Vital statistics of India. Vol. VI, European troops 1870-79
Year: 1870
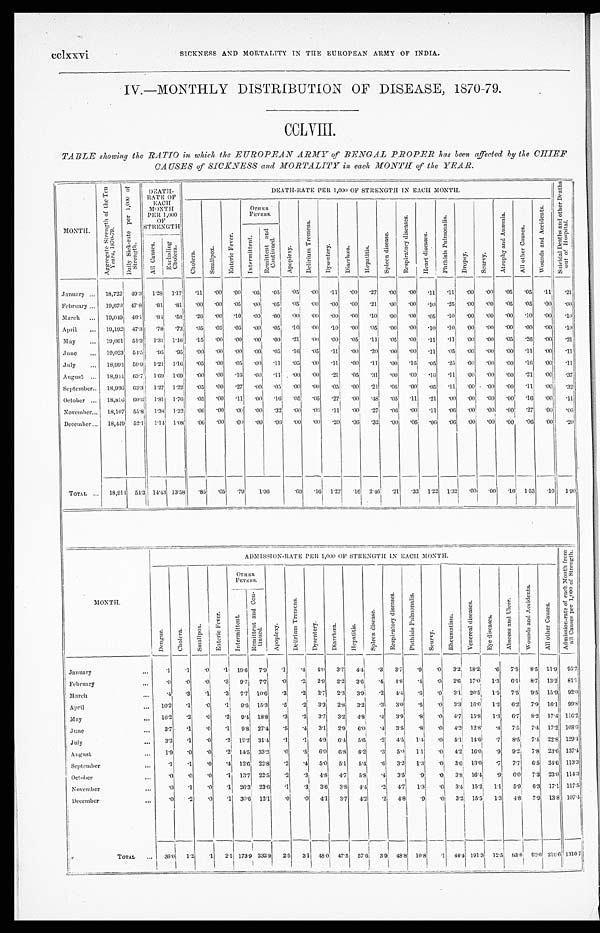
cclxxv
i
SICKNESS AND MORTALITY IN THE EUROPEAN ARMY OF INDIA.
IV.—MONTHLY DISTRIBUTION OF DISEASE, 1870.79.
CCLVIII.
TABLE showing the RATIO in which the EUROPEAN ARMY of BENGAL PROPER has been, affected by the CHIEF
CAUSES of SICKNESS and MORTALITY in, each MONTH of the YEAR.
MONTH.
A v e r a g e s t r e n g t h o f t h e T e n Y e a r s , 1 8 7 0 . 7 9 .
D a i l y S i c k . r a t e p e r 1 , 0 0 0 o f S t r e n g t h
D E A T H . R A T E O F E A C H M O N T H P E R 1 , 0 0 0 O F S T R E N G T H
D E A T H . R A T E P E R 1 , 0 0 0 O F S T R E N G T H I N E A C H M O N T H
S u i c i d a l D e a t h s a n d o t h e r D e a t h s o u t o f H o s p i t a l .
C h o l e r a .
S m a l l p o x .
E n t e r i c F e v e r .
O t h e r F e v e r s .
A p o p l e x y .
D e l i r i u m T r e m e n s .
D y s e n t e r y .
D i a r r h œ a .
H e p a t i t i s .
S p l e e n d i s e a s e .
R e s p i r a t o r y d i s e a s e s .
H e a r t d i s e a s e s .
P h t h i s i s P u l m o n a l i s .
D r o p s y . Scur vy.
A t r o p h y a n d A n æ m i a .
A l l o t h e r C a u s e s .
W o u n d s a n d A c c i d e n t s .
I n t e r m i t t e n t .
R e m i t t e n t a n d C o n t i n u e d .
A l l C a u s e s .
E x c l u d i n g C h o l e r a .
J anuary
18,722 49.3 1.28
1 . 1 7 .11 .00 .00 .05
. 0 5 .05
. 0 0
. 1 1 .00 .27 .00 .00 .11 .11 .00 .00 .05 .05
. 1 1 .21
February
19,670 47.8 .81
. 8 1
. 0 0 .00 .05
. 0 0
. 0 5 .05 .00
. 0 0 .00
. 2 1
. 0 0 .00
. 1 0
. 2 5 .00 .00 .05 .05 .00 .00
March
19,049 46.1
. 8 4 . 5 8 .26 .00 .10 .00
. 0 0 .00 .00 . 00 .00
. 1 0 .00
. 0 0 .05 .10 .00 .00 .00 .10 .00 .10
April
19.192 47.3 .78 .73 .05
. 0 5
.05
. 0 0
. 0 5 .10
. 0 0
. 1 0 .00 .05 .00 .00
. 1 0
. 1 0 .00 .00 .00 .00 .00 .10
May
19,061 51.3 1.31 1.16 .15 .00 .00
. 0 0
. 0 0 .21
. 0 0
. 0 0 .05 .11 .05 .00 .11 .11 .00 .00 .05 .26 .00 .21
J u n e
19,023 54.5 .95 .95 .00 .00 .00 .00
. 0 5 .16 .05
. 1 1 . 0 0 .20
. 0 0 .00 .11 .05 .00 .00 .00 .11 .00 .11
July
18,994 59.9 1.21 1.16 .05 .00 .05 .00
. 1 1 .05 .00
. 1 1 00
. 1 1 .00 .16 .05 .25 .00
. 0 0 .00 .16 .00 .11
August
18,944 63.71
1 . 6 9 1.69 .00 .00
. 1 6 .00
. 1 1, . 0 0 .00
. 2 1 .05 .31 .00 .00
. 0 6 .11 .00 .00 .00 .21 .00 .37
September 18,936 63.3 1.27 1.22 .05 .00 .27 .00
. 0 5 .00 .00
. 0 5 .00 .21 .05
. 0 0 .05 .11 .00 .00 .00 .11 .00 .32
October
18,816 60.6 1.81 1.76
. 0 5
. 0 0
. 1 1 .00
. 1 6 .05 .05
. 2 7 .00 .48 .05 .11 .21 .00 .00 .00 .00 .16 .00 .11
November
18,107 55.8 1.38 1.32 .06 .00 .00
. 0 0
. 3 2
.00 .06
. 1 1 .00 .27 .06 .00 .11 .06 .00 .00
. 0 0 .27 .00 .06
December . . . 18,449 52.1 1.14 1.08 .06 .00 .00
. 0 0 .05 .00 .00
. 2 0 .06 .32
. 0 0 .06 .06 .06 .00 .00 .00 .06 .00 .20
TOTAL ... 18,914 54.3 14.43 13.58 .85 .05 .79 10. 6
.69 .16 1.27 .16 2.46 .21 .32 1.22 1.32 .00 .00.16 1.53 .10 1. 90
MONTH.
ADMISSION.RATE PER 1,000 OE STRENGTH IN EACH MONTH. A d m i s s i o n . r a t e o f e a c h M o n t h f r o m a l l c a u s e s p e r 1 , 0 0 0 o f S t r e n g t h .
D e n g u e .
C h o l e r a .
S m a l l p o x .
E n t e r i c F e v e r .
OTHER FEVERS.
A p o p l e x y .
D e l i r i u m T r e m e n s .
D y s e n t e r y .
D i a r r h œ a .
H e p a t i t i s .
S p l e e n d i s e a s e .
R e s p i r a t o r y d i s e a s e s . P h t h i s i s P u l m o n a l i s .
S c u r v y
R h e u m a t i s m
V e n e r e a l d i s e a s e s
E y e d i s e a s e s
A b s c e s s a n d U l c e r
W o u n d s a n d A c c i d e n t s
A l l o t h e r C a u s e s
I n t e r m i t t e n t .
R e m i t t e n t a n d C o n t i n u e d .
January
.1 .1
. 0 .1 19.6 7.9 .1
. 4 4.0 3.7 4.4 .3 3.7 .9 .0 3.2 18.2
. 6 7.5 8.5 11.9 95.2
February
.0 .0 .0 .3 9.7 7.7 .0
. 2 2.9 2.2 3.6 .4 4.8 .4 .0 2.6 17.0 1.3 6.1 8.7 13.2 81.1
March
. 4
. 3 .1 .3 7.7 10.6 .3 .2 2.7 2.3 3.9
. 2
4.4
.6 .0 3.1 20.5
1 . 5 7.5 9.5 15.9
9 2 . 0
April
10.2 .1 .0 .1 9.6 15.3 .5 .2 3.3 2.8 3.2 .3 3.0 .5 .0 3.3 16.0 1.2 6.2 7.9 16.1 99.8
May
16.2 .2 .0 .2 9.4 18.8 .3 .2 3.7 3.2 4.8 .4 3.9 .8 .0 4.7 15.8 1.3 6.7 8.2 17.4 116.2
June
3.7.1 .0 .1 9.8 27.4 .5 .4 3.1 2.9 6.0
. 4 3.5 .8 .0 4.2 12.8 .8 7.5 7.4 17.2 108.6
July
3.2 .1
. 0 . 2 12.2 31.4 .1 .1 4.9 6.4
5 . 6 . 2 4.5 1.4
. 0 5.1 14.6
. 7 8.5 7.4 22.8 129.4
August
1.9 .0 .0 .2 14.5 33.2 .0 .5 6.0 6.8 6.2 .3 5.0
1 . 1 .0 4.2 16.0 .9 9.2 7.8 23.6 137.4
September
.1 .1 .0 .4 12.6 22.8 .2 .4 5.0 5.1 5.4 .6 3.2 1.3
. 0 3.6 13.0 .7 7.7 6.5 24.6 113.3
October
.0 .0 .0 .1 13.7 22.5 .2
. 3 4.8 4.7 5.8 .4 3.5 .9
. 0 3.8 16.4 .9 6.0 7.3 23.0 114.3
November
. 0 .1 .0 .1 26.3 23.6 .1
. 3 3. 6 3.8 4.4 .2 4.7
1 . 3 .0 3.4 15.2 1.1 5.9 6.3 17.1 117.5
December
.
.0 .2 .0 .1 30.6 12.1 .0 .0 4.1 3.7 4.2 .2 4.8 .9 .0 3.2 15.5 1.3 4.8 7.9 13.8 107.4
TOTAL
36.0 1.2
. 1 2.1 173.9 232.9 2.5
3 . 1 48.0
4 7 . 5 57.6
3 . 9
48.8 10.8.1
4 4 . 4
191. 3
1 2 . 5
8 3 . 8
9 3 . 6 216.6 1310. 7